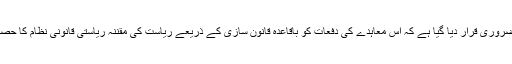
یہاں یہ ضروری قرار دیا گیا ہے کہ اس معاہدے کی دفعات کو باقاعدہ قانون سازی کے ذریعے ریاست کی مقننہ ریاستی قانونی نظام کا حصہ بنادے۔